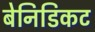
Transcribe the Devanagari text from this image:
बेनिडिकट